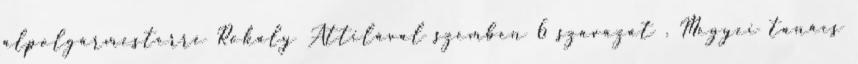
alpolgármesterré Rokaly Attilával szemben 6 szavazat . Megyei tanács